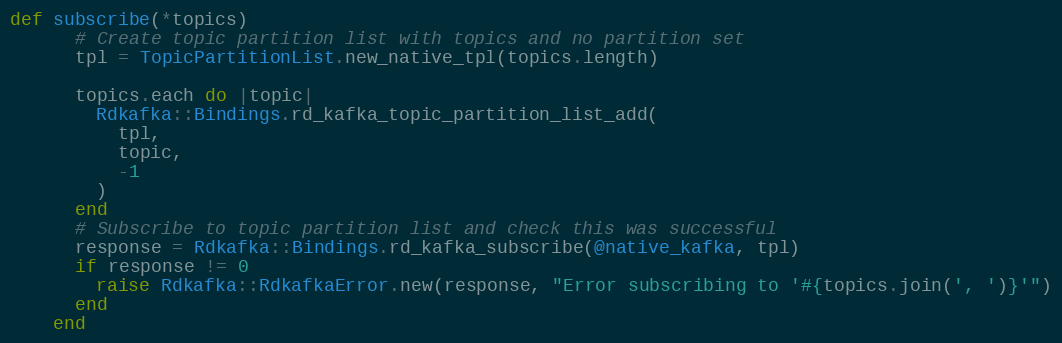
Language: Ruby
def subscribe(*topics)
      # Create topic partition list with topics and no partition set
      tpl = TopicPartitionList.new_native_tpl(topics.length)

      topics.each do |topic|
        Rdkafka::Bindings.rd_kafka_topic_partition_list_add(
          tpl,
          topic,
          -1
        )
      end
      # Subscribe to topic partition list and check this was successful
      response = Rdkafka::Bindings.rd_kafka_subscribe(@native_kafka, tpl)
      if response != 0
        raise Rdkafka::RdkafkaError.new(response, "Error subscribing to '#{topics.join(', ')}'")
      end
    end